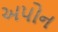
અપોન